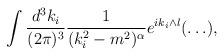
LaTeX: \begin{align*}\int \frac{d^3 k_i}{(2\pi)^3}\frac{1}{(k^2_i-m^2)^\alpha}e^{ik_i\wedge l}(\ldots),\end{align*}